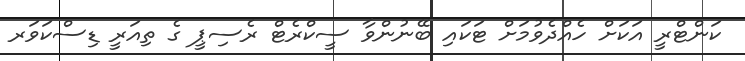
ކަންޓްރީ އަކަށް ހެއްދެވުމަށް ޓަކައި ބޭނުންވާ ސީކްރެޓް ރެސިޕީ ގެ ތިއަރީ ޑިސްކަވަރ